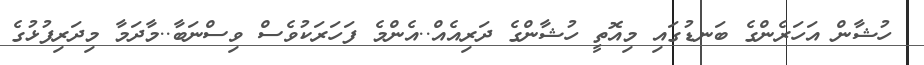
ހުޝާން އަހަރެންގެ ބަނޑުގައި މިއޮތީ ހުޝާންގެ ދަރިއެއް..އެންމެ ފަހަރަކުވެސް ވިސްނަބާ..މާދަމާ މިދަރިފުޅުގެ